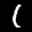
Label: 1